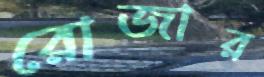
রোজার